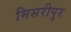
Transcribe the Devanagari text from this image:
मिसरीपुर